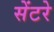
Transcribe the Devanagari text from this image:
सेंटरे